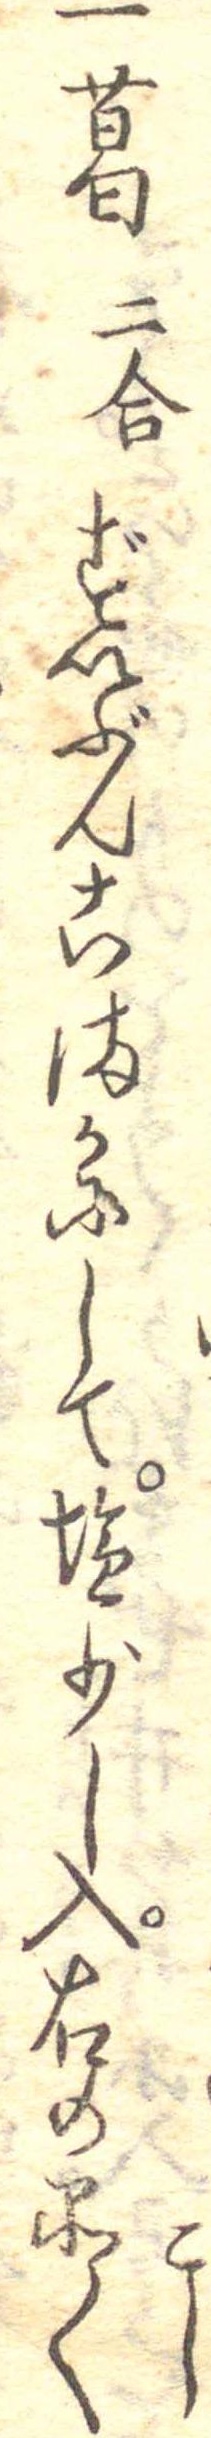
こし一葛二合ずいぶんこまかにして塩少し入右の品〱